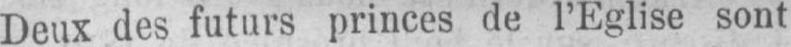
Deux des futurs princes de l’Eglise sont